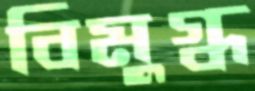
বিমুগ্ধ